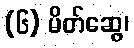
(၆) မိတ်ဆွေ၊